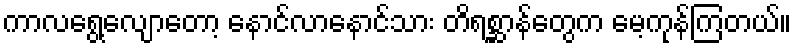
ကာလရွေ့လျောတော့ နောင်လာနောင်သား တိရစ္ဆာန်တွေက မေ့ကုန်ကြတယ်။